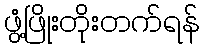
ဖွံ့ဖြိုးတိုးတက်ရန်